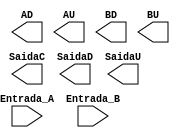
// Copyright (C) 2020  Intel Corporation. All rights reserved.
// Your use of Intel Corporation's design tools, logic functions 
// and other software and tools, and any partner logic 
// functions, and any output files from any of the foregoing 
// (including device programming or simulation files), and any 
// associated documentation or information are expressly subject 
// to the terms and conditions of the Intel Program License 
// Subscription Agreement, the Intel Quartus Prime License Agreement,
// the Intel FPGA IP License Agreement, or other applicable license
// agreement, including, without limitation, that your use is for
// the sole purpose of programming logic devices manufactured by
// Intel and sold by Intel or its authorized distributors.  Please
// refer to the applicable agreement for further details, at
// https://fpgasoftware.intel.com/eula.

module toplevel
(
// {ALTERA_ARGS_BEGIN} DO NOT REMOVE THIS LINE!

	AD,
	AU,
	BD,
	BU,
	Entrada_A,
	Entrada_B,
	SaidaC,
	SaidaD,
	SaidaU
// {ALTERA_ARGS_END} DO NOT REMOVE THIS LINE!

);

// {ALTERA_IO_BEGIN} DO NOT REMOVE THIS LINE!
output	[6:0]	AD;
output	[6:0]	AU;
output	[6:0]	BD;
output	[6:0]	BU;
input	[7:0]	Entrada_A;
input	[7:0]	Entrada_B;
output	[6:0]	SaidaC;
output	[6:0]	SaidaD;
output	[6:0]	SaidaU;

// {ALTERA_IO_END} DO NOT REMOVE THIS LINE!
// {ALTERA_MODULE_BEGIN} DO NOT REMOVE THIS LINE!
// {ALTERA_MODULE_END} DO NOT REMOVE THIS LINE!
endmodule